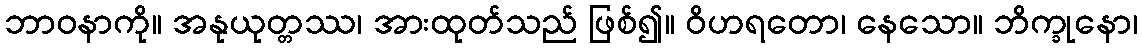
ဘာဝနာကို။ အနုယုတ္တဿ၊ အားထုတ်သည် ဖြစ်၍။ ဝိဟရတော၊ နေသော။ ဘိက္ခုနော၊